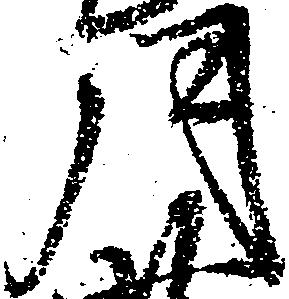
月